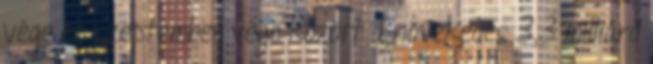
vége és szeptember vége között a növekedés 3,3 milliárd